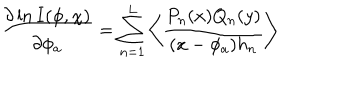
\frac { \partial \ln I ( \phi , \chi ) } { \partial \phi _ { a } } = \sum _ { n = 1 } ^ { L } \left\langle \frac { P _ { n } ( x ) Q _ { n } ( y ) } { ( x - \phi _ { a } ) h _ { n } } \right\rangle